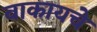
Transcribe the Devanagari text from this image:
वाकायचे